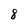
Character: 8